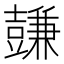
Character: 𧰋